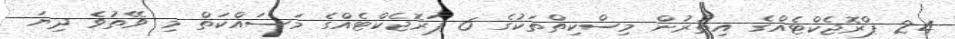
24 ޕްރޮޖެކްޓެއްގެ އިތުރުން މިސްކިތްތަކުގެ 6 ޕަރޮޖެކްޓެއްގެ މަސައްކަތް މި ވޭތުވެ ދިޔަ